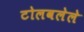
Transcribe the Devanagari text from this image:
टोलवलेले